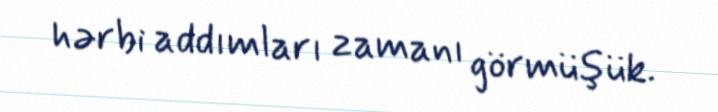
hərbi addımları zamanı görmüşük.